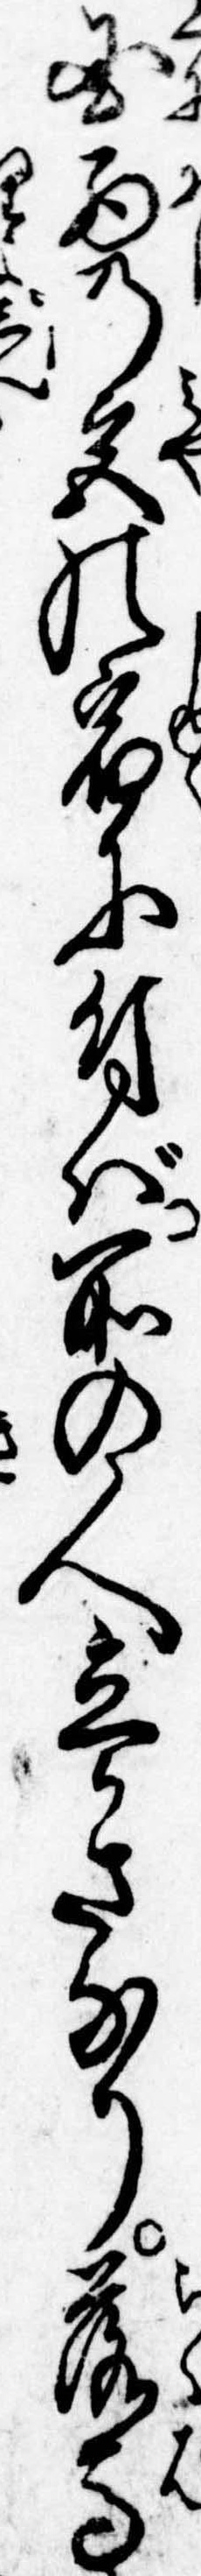
国西の宮の宿に付ば所の人立かさなり落馬